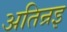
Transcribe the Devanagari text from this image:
अतिन्रइ